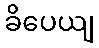
ခိပေယျ